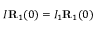
I { \bf R } _ { 1 } ( 0 ) = I _ { 1 } { \bf R } _ { 1 } ( 0 )